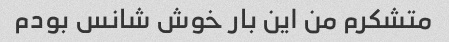
متشکرم من این بار خوش شانس بودم